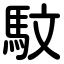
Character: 馼